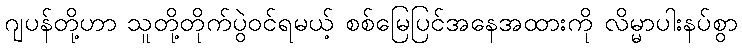
ဂျပန်တို့ဟာ သူတို့တိုက်ပွဲဝင်ရမယ့် စစ်မြေပြင်အနေအထားကို လိမ္မာပါးနပ်စွာ